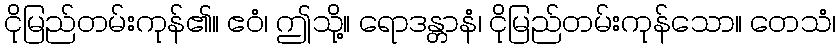
ငိုမြည်တမ်းကုန်၏။ ဧဝံ၊ ဤသို့။ ရောဒန္တာနံ၊ ငိုမြည်တမ်းကုန်သော။ တေသံ၊